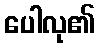
ပေါလု၏